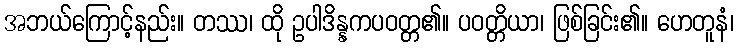
အဘယ်ကြောင့်နည်း။ တဿ၊ ထို ဥပါဒိန္နကပဝတ္တ၏။ ပဝတ္တိယာ၊ ဖြစ်ခြင်း၏။ ဟေတူနံ၊